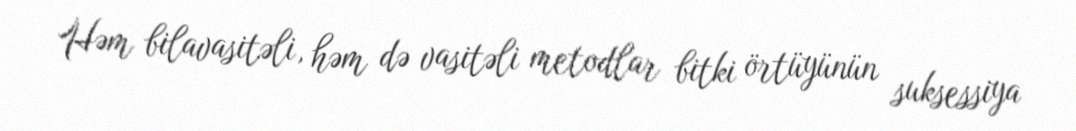
Həm bilavasitəli, həm də vasitəli metodlar bitki örtüyünün suksessiya